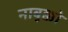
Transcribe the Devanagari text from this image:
नाबुक्को